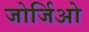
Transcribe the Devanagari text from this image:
जोर्जिओ